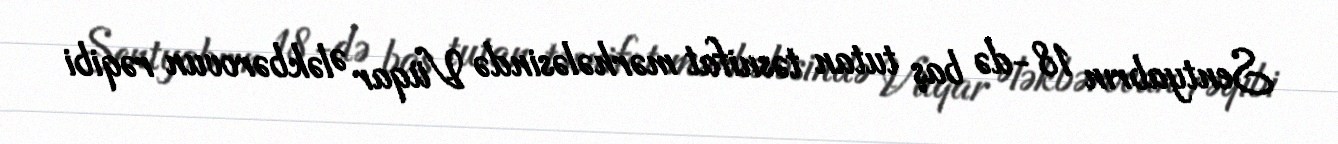
Sentyabrın 18-də baş tutan təsnifat mərhələsində Vüqar Ələkbərovun rəqibi